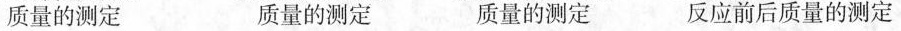
质量的测定 质量的测定 质量的测定 反应前后质量的测定